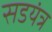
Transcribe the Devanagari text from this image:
सडयंत्र